Vaccination in Burma 1900-1911 - 1900-1911
Year: 1900
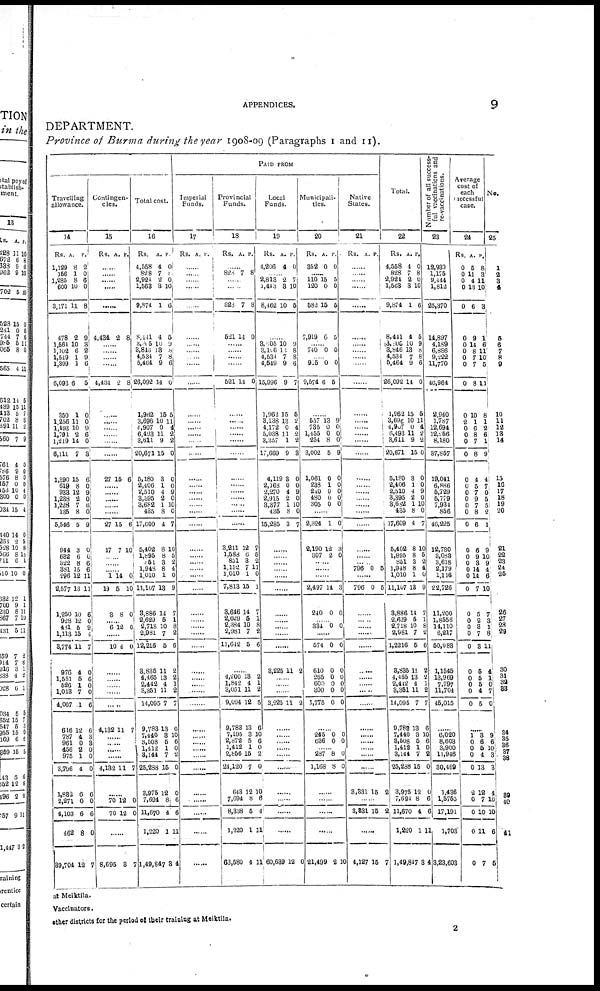
APPENDICES.
9
DEPARTMENT.
Province of Burma during the year 1908-09 (Paragraphs 1 and 11).
PAID FROM
Travelling
allowance.
14
Rs.
1,129
156
1,285
600
3,171
478
1,661
1,102
1,549
1,399
6,093
350
1,256
1,493
1,791
1,219
6,111
1,390
619
933
1,238
1,228
135
5,546
944
682
822
381
296
2,577
1,250
928
481
1,113
3,774
976
1,551
526
1,013
4,067
616
787
961
456
975
3,796
1,832
2,271
4,103
462
39,704
A.
8
1
8
10
11
91
10
6
1
1
6
1
11
10
2
14
7
15
8 12
2
7
8
5
3
6
8
15
12
13
10
12
5
15
11
4
5
1
7
1
12
4
0
9
1
4
6
0
6
8
12
P.
2
0
6 0
8
9
3
2
9
6
5
0
0
9
6
0
8
6
0 9
0
6
0
9
0
0
6
6
11
11
6
0
9
4
7
0
6
0
0
6
6
3
3
0
0
0
6
0
6
0
7
Contingen-
cies.
15
Rs. A. P.
......
......
......
......
......
4,434 2 8
......
......
......
......
4,434 2 8
......
......
......
......
......
......
27 15 6
......
......
......
......
......
27
17
15
7
6
10
...... ......
......
1
19
3
14
5
8
0
10
0
......
6 12 0
......
10 4 0
......
......
......
......
......
4,132 11 7
......
......
......
......
4,132 11 7
......
70
70
12
12
0
0
......
8,695 3 7
Total cost.
16
Rs.
4,558
828
2,924
1,563
9,874
8,441
3,005
3,840
4,534
5,464
26,092
1,962
3,696
4,907
6,493
3,611
20,671
5,180
2,406
2,510
3,395
3,682
435
17,609
5,402
1,895
851
1,948
1,010
11,107
3,886
2,629
2,718
2,981
12,216
3,836
4,465
2,442
3,351
14,095
9,783
7,440
3,508
1,412
3,144
25,288
3,975
7,694
11,670
1,220
1,49,847
A.
4
7
2
3
1
4
10
13
7
9
14
15
10
0
11
9
15
3
1
4
2
1
8
4
8
8
3
8
1
13
14
5
10
7
5
11
13
4
11
7
13
3
5
1
7
15
12
8
4
1
3
P.
0
0
0
10
6
5
9
8 8
6
0
5
11
4
2
2
0
0
0
9
0
10
0
7
10
5
2
4
0
9
7
1
8
2
6
2
2
1
2
7
6
10
6
0
2
0
0
6
6
11
4
Imperial
Funds.
17
Rs. A. P.
......
......
......
......
......
......
......
......
......
......
......
......
......
......
......
......
......
......
......
......
......
......
......
......
......
......
......
......
......
......
......
......
......
......
......
......
......
......
......
......
......
......
......
......
......
......
......
......
......
......
......
Provincial
Funds.
18
Rs. A. P.
......
828 7 8
......
......
828
521
7
14
8
0
......
......
......
......
521 14 0
......
......
......
......
......
......
......
......
......
......
......
......
......
3,211
1,588
851
1,152
1,010
7,813
3,646
2,629
2,384
2,981
11,642
12
6
8
7
1
15
14
5
10
7
5
7
5
2
11
0
1
7
1
8
2
6
......
4,200
1,842
3,051
9,094
9,783
7,195
2,872
1,412
2,856
21,120
643
7,694
8,338
1,220
63,580
13
4
11
12
13
3
5
1
15
7
12
8
5
1
4
2
1
2
5
6
10
6
0
2
0
10
6
4
11
11
Local
Funds.
19
Rs.
1,206
A.
4
P.
0
...... 2,813
1,413
8,462
2
3
10
7
10
6
......
3,805
3,106
4,534
1,549
15,996
1,962
3,138
4,172
5,038
3,357
17,669
4,119
2,168
2,270
2,915
3,377
435
15,285
10
10
7
9
9
15
13
0
11
1
9
3
0
4
2
1
8
3
9
8
8
6
7
5
2
4
2
2
3
0
0
9
0
10
0
7
......
......
......
......
......
......
......
......
......
......
......
8,225 11 2
......
......
......
3,225 11 2
......
......
...... ......
......
......
......
......
......
......
60,639 12 0
Municipali-
ties.
20
Rs.
352
A.
0
P.
0
......
110
120
582
7,919
15
0
15
6
5
0
5
5
...... 740 0 0
...... 915
9,574
0
6
0
5
......
557
735
1,455
254
3,002
1,061
238
240
480
305
13
0
0
8
5
0
1
0
0
0
9
0
0
0
9
0
0
0
0
0
......
2,324
2,190
307
1
12
2
0
3
0
......
......
......
2,497
240
14
0
3
0
...... 334 0 0
......
574
610
265
600
300
1,775
0
0
0
0
0
0
0
0
0
0
0
0
......
245
636
0
0
0
0
...... 237
1,168
8
8
0
0
......
......
......
......
21,499 2 10
Native
States.
21
Rs. A. P.
......
......
......
......
......
......
......
......
......
......
......
......
......
......
......
......
......
......
......
......
......
......
......
......
......
......
...... 796 0 6
......
796 0 5
......
......
......
......
......
......
......
...... ......
......
......
......
......
......
......
3,331 15 2
......
3,331 15 2
......
4,127 15 7
Total.
22
Rs.
4,558
828
2,924
1,563
9,874
8,441
3,605
3,846
4,534
5,464
26,092
1,962
3,696
l,907
6,493
3,611
20,671
5,180
2,406
2,510
3,395
8,682
435
17,609
5,402
1,895
851
1,948
1,010
11,107
3,886
2,629
2,718
2,981
1,2216
3,835
1,465
2,442
3,351
11,095
9,783
7,440
8,508
1,412
3,144
25,288
3,975
7,694
11,670
1,220
1,49,847
A.
4
7
2
8
1
4
10
13
7
9
14
15
10
0
11
9
15
3
1
4
2
1
8
4
8
8
3
8
1
13
14
5
10
7
5
11
13
4
11
7
13
3
5
1
7
15
12
8
4
1
3
P.
0
8
0
10
6
5
9
8
8
6
0
5
11
4
2
2
0
0
0
9
0
10
0
7
10
5
2
4
0
9
7
1
8
2
6
2
2
1
2
7
6
10
6
0
2
0
0
6
6
11
4
Number of all success-
ful vaccinations and
re-vaccinations.
23
12,939
1,175
9,444
1,812
25,870
14,897
4,189
6,886
9,222
11,770
46,964
2,940
1,787
12,694
12,256
8,180
37,857
19,041
6,886
5,729
5,779
7,934
856
46,225
12,730
3,083
3,618
2,179
1,116
22,726
11,200
1,8556
14,110
6,217
50,083
1,1545
13,969
7,797
11,704
45,015
......
6,020
8,603
3,900
11,946
30,469
1,436
1,5765
17,191
1,703
3,23,603
Average
cost of
each
successful
case.
24
Rs.
0
0
0
0
0
0
0
0
0
0
0
0
2
0
0
0
0
0
0 0
0
0
0
0
0
0
0
0
0
0
0
0
0 0
0
0
0
0
0
0
A.
5
11
4
13
6
9
14
8
7
7
8
10
1
6
8
7
8
4
5 7
9
7
8
6
6
9
3
14
14
7
5
2
3
7
3
5
5
5
4
5
P.
8
3
11
10
3
1
6
11
10
5
11
8
1
2
6
1
9
4
7 0
5
5
2
1
9
10
9
4
6
10
7
3
1
8
11
4
1
0 7
0
......
1
0
0
0
0
2
0
0
0
0
3
6
6
4
13
12
7
10
11
7
9
6
10
3
6
4
10
10
6
5
No.
25
1
2
3
4
5
6
7
8
9
10
11
12
13
14
15
16
17
18
19
20
21
22
23
24
25
26
27
28
29
30
31
32
33
34
35 36
38
39
40
41
at Meiktila.
Vaccinators.
other districts for the period of their training at Meiktila.
2